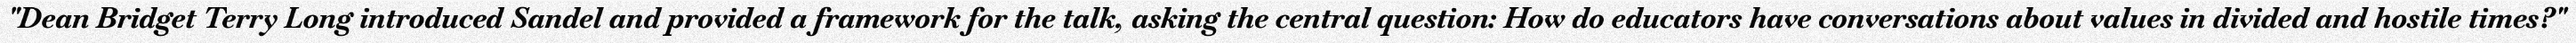
"Dean Bridget Terry Long introduced Sandel and provided a framework for the talk, asking the central question: How do educators have conversations about values in divided and hostile times?"